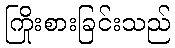
ကြိုးစားခြင်းသည်